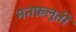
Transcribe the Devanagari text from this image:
मनफ़लूती